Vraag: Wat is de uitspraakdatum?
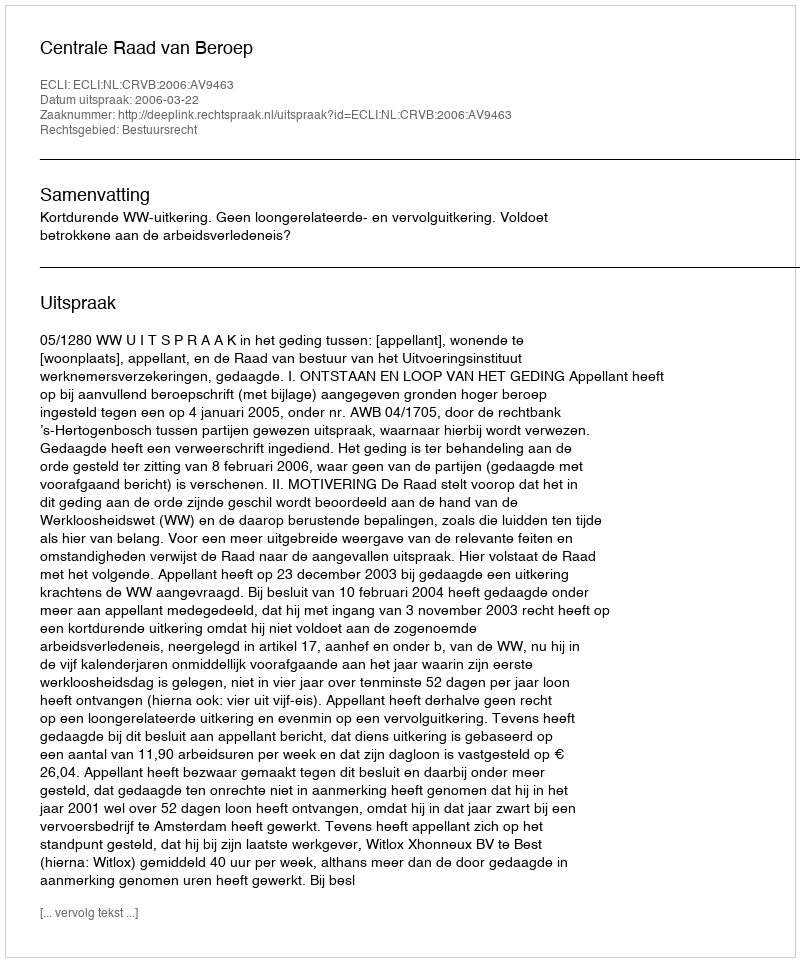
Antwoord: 2006-03-22